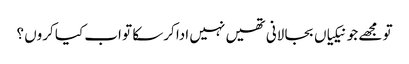
تو مجھے جو نیکیاں بجا لانی تھیں نہیں ادا کرسکا تو اب کیا کروں ؟